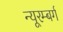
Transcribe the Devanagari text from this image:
न्यूरम्बर्ग